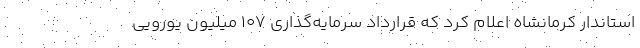
استاندار کرمانشاه اعلام کرد که قرارداد سرمایه‌گذاری ۱۰۷ میلیون یورویی